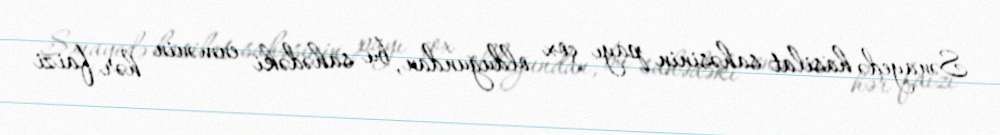
Sənayedə hasilat sahəsinin payı çox olduğundan, bu sahədəki enmənin hər faizi